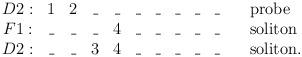
LaTeX: \begin{align*}\begin{array}{ccccccccccl}D2: &1&2&\_&\_&\_&\_&\_&\_&\_ &\quad \mbox{probe} \\F1: &\_&\_&\_&4&\_&\_&\_&\_&\_ &\quad \mbox{soliton} \\D2: &\_&\_&3&4&\_&\_&\_&\_&\_ &\quad \mbox{soliton.}\end{array}\end{align*}